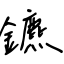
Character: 鑣